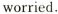
worried.